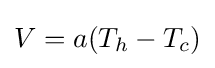
V=a(T_{h}-T_{c})\,\!